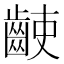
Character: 𪘌